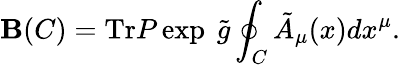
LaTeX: \mathbf{B}(C)=\mathrm{{Tr}}P\exp\ \tilde{{g}}\oint_{C}\tilde{{A}}_{\mu}(x)dx^{\mu}.